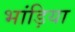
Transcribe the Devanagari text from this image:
भांड़िया